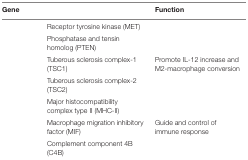
<table><thead><tr><td><b>Gene</b></td><td>[EMPTY_CELL]</td><td><b>Function</b></td></tr></thead><tbody><tr><td>[EMPTY_CELL]</td><td>Receptor tyrosine kinase (MET)</td><td>[EMPTY_CELL]</td></tr><tr><td>[EMPTY_CELL]</td><td>Phosphatase and tensin homolog (PTEN)</td><td>[EMPTY_CELL]</td></tr><tr><td>[EMPTY_CELL]</td><td>Tuberous sclerosis complex-1 (TSC1)</td><td>Promote IL-12 increase and M2-macrophage conversion</td></tr><tr><td>[EMPTY_CELL]</td><td>Tuberous sclerosis complex-2 (TSC2)</td><td>[EMPTY_CELL]</td></tr><tr><td>[EMPTY_CELL]</td><td>Major histocompatibility complex type II (MHC-II)</td><td>[EMPTY_CELL]</td></tr><tr><td>[EMPTY_CELL]</td><td>Macrophage migration inhibitory factor (MIF)</td><td>Guide and control of immune response</td></tr><tr><td>[EMPTY_CELL]</td><td>Complement component 4B (C4B)</td><td>[EMPTY_CELL]</td></tr></tbody></table>